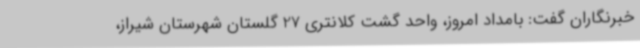
خبرنگاران گفت: بامداد امروز، واحد گشت کلانتری 27 گلستان شهرستان شیراز،